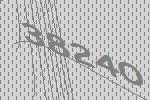
38240